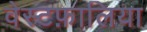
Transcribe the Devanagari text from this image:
वेस्टफ़ालिया